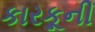
કારકૂની